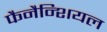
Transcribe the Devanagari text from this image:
फैनैन्शियल